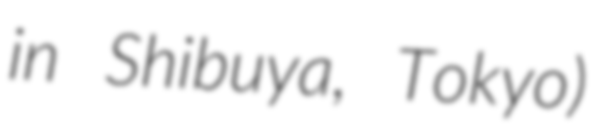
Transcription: in Shibuya, Tokyo)